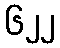
၆၂၂